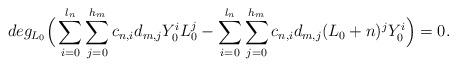
LaTeX: \begin{align*}deg_{L_0}\Big(\sum\limits_{i=0}^{l_n}\sum\limits_{j=0}^{h_m}c_{n,i}d_{m,j}Y^i_0L^j_0-\sum\limits_{i=0}^{l_n}\sum\limits_{j=0}^{h_m}c_{n,i}d_{m,j}(L_0+n)^jY^i_0\Big)=0.\end{align*}